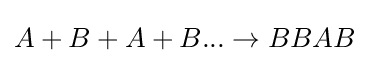
A+B+A+B...\rightarrow BBAB